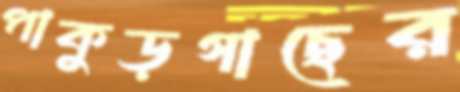
পাকুড়গাছের